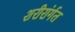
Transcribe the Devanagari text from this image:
शरीरांर्गत